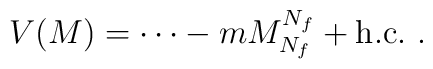
V(M) = {\cdots} -mM^{N_f}_{N_f}  + {\rm h.c.} \ .